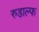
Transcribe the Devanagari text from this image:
रुडाल्फ